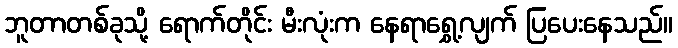
ဘူတာတစ်ခုသို့ ရောက်တိုင်း မီးလုံးက နေရာရွှေ့လျက် ပြပေးနေသည်။